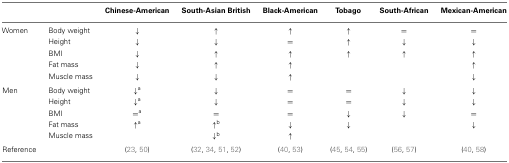
| <COLSPAN=2>  | Chinese-American | South-Asian British | Black-American | Tobago | South-African | Mexican-American |
 | --- | --- | --- | --- | --- | --- | --- | --- |
 | Women | Body weight | ↓ | ↑ | ↑ | ↑ | = | = |
 |  | Height | ↓ | ↓ | = | ↑ | ↓ | ↓ |
 |  | BMI | ↓ | ↑ | ↑ | ↑ | ↑ | ↑ |
 |  | Fat mass | ↓ | ↑ | ↑ |  |  | ↑ |
 |  | Muscle mass | ↓ | ↓ | ↑ |  |  | ↓ |
 | Men | Body weight | ↓a | ↓ | = | = | ↓ | ↓ |
 |  | Height | ↓a | ↓ | = | = | ↓ | ↓ |
 |  | BMI | =a | = | = | ↓ | ↓ | = |
 |  | Fat mass | ↑a | ↑b | ↓ | ↓ |  | ↓ |
 |  | Muscle mass |  | ↓b | ↑ |  |  |  |
 | Reference |  | (23, 50) | (32, 34, 51, 52) | (40, 53) | (45, 54, 55) | (56, 57) | (40, 58) |